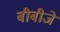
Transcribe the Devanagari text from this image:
बीबीजे